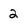
Character: 2